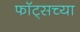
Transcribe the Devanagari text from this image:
फॉट्सच्या